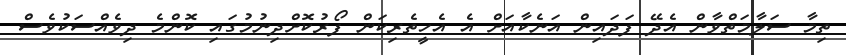
ތިމާ ސަލާމަތްވާން އެދޭ ފަދައިން އަނެކާއަށް އެ އެހީތެރިކަން ފޯރުކޮށްދިނުމުގައި ކޮންމެ ދިވެއްސަކުވެސް